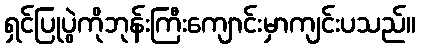
ရှင်ပြုပွဲကိုဘုန်းကြီးကျောင်းမှာကျင်းပသည်။